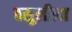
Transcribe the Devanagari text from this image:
वसुलीला